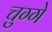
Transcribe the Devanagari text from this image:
चुग्गे